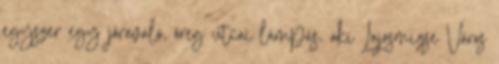
egyszer egy jóravaló, öreg utcai lámpás, aki Lajosmizse Város